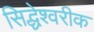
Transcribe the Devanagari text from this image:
सिद्धेश्‍वरीक